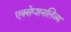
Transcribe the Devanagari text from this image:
एक्सेप्शनलिज्म